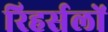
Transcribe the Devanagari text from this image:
रिहर्सलों